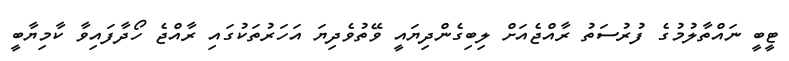
ޓީބީ ނައްތާލުމުގެ ފުރުސަތު ރާއްޖެއަށް ލިބިގެންދިޔައީ ވޭތުވެދިޔަ އަހަރުތަކުގައި ރާއްޖެ ހޯދާފައިވާ ކާމިޔާބީ